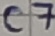
Text: C7